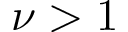
\nu > 1